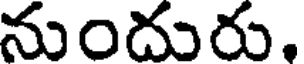
నుందురు.